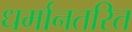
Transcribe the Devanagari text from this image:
धर्मानतरित